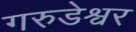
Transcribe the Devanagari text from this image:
गरुडेश्वर